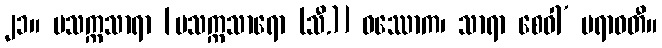
၂၁။ မသက္ကသာရာ [မသက္ကသာရော (သီ.)] ဝဿောက၊ သာရာ စေဝါ’ မရာဝတီ။